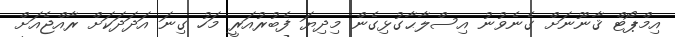
އިމްޕޯޓް ޤާނޫނަށް ގެނެވުނު އިސްލާޙާގުޅިގެން މިދިޔަ ފެބުރުއަރީ މަހު ގިނަ އަދަދަކަށް ރާއްޖެއަށް